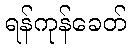
ရန်ကုန်ခေတ်